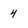
Character: 4